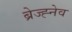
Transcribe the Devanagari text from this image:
ब्रेज्ह्नेव